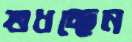
শুধচ্ছেন